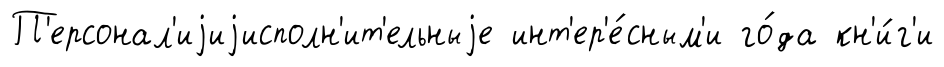
П'ерсонал'иjиjисполн'ит'ельныjе инт'ер'е́сным'и го́да кн'и́г'и